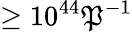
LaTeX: \geq10^{44}\mathfrak{P}^{-1}